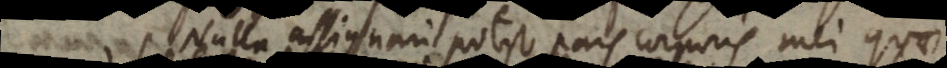
Nulla assignari potest pars corporis mei quae